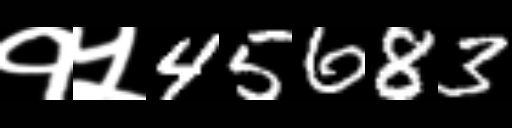
Text: १५45683